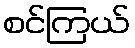
စင်ကြယ်